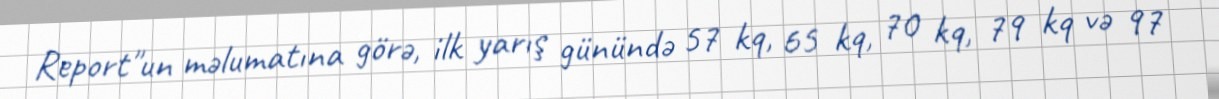
Report"un məlumatına görə, ilk yarış günündə 57 kq, 65 kq, 70 kq, 79 kq və 97